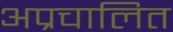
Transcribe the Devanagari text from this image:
अप्रचालित